Annual report on the health of the army in India
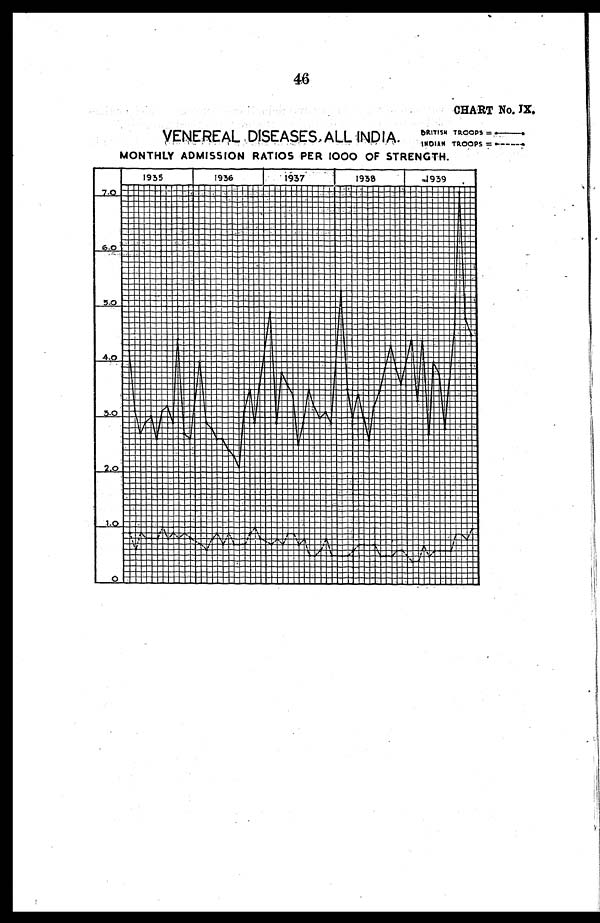
46
CHART NO. IX.
B R I T I S H T R O O P S = —
I N D I A N T
R O O P S = —
VENEREAL DISEASES, ALL INDIA.
MONTHLY ADMISSION RATIOS PER 1000 OF STRENGTH.